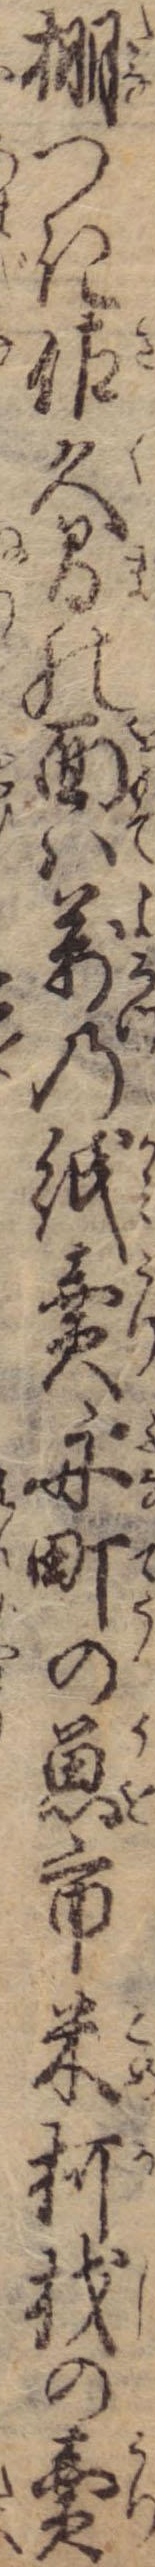
棚つき佐久間の面は万の紙売舟町の魚市米柯找の売